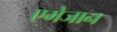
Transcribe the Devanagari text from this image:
एमेजान